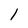
Character: 1